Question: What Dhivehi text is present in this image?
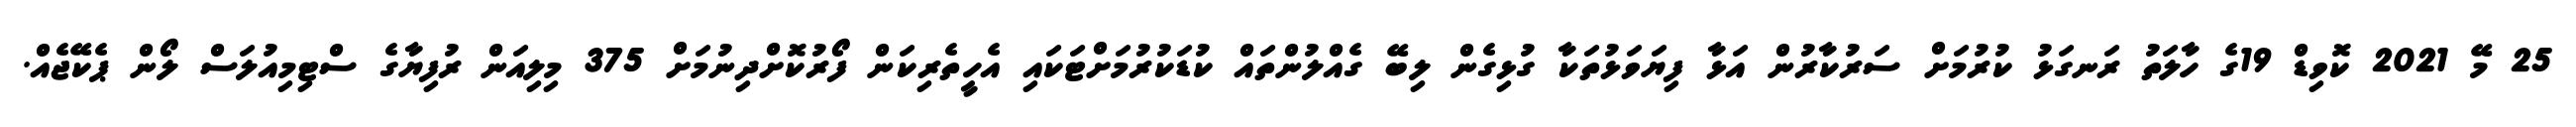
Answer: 25 މޭ 2021 ކޮވިޑް 19ގެ ހާލަތު ރަނގަޅު ކުރުމަށް ސަރުކާރުން އަޅާ ފިޔަވަޅުތަކާ ގުޅިގެން ލިބޭ ގެއްލުންތައް ކުޑަކުރުމަށްޓަކައި އެހީތެރިކަން ފޯރުކޮށްދިނުމަށް 375 މިލިއަން ރުފިޔާގެ ސްޓިމިއުލަސް ލޯން ޕެކޭޖެއް.